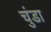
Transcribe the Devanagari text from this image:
चुंडा